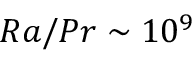
R a / P r \sim 1 0 ^ { 9 }